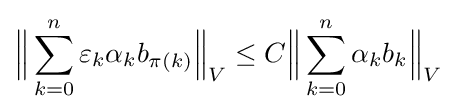
{\Bigl \|}\sum _{k=0}^{n}\varepsilon _{k}\alpha _{k}b_{\pi (k)}{\Bigr \|}_{V}\leq C{\Bigl \|}\sum _{k=0}^{n}\alpha _{k}b_{k}{\Bigr \|}_{V}